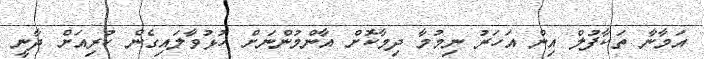
އަމާނާ ތަކާފުލް އިން އަހަރު ނިމުމާ ދިމާކޮށް އާންމުންނަށް ހުޅުވާލައިގެން ކުރިއަށް ދާނީ